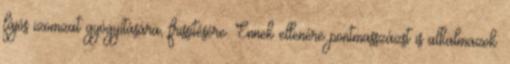
fájós izomzat gyógyítására, frissítésére. Ennek ellenére pontmasszázst is alkalmazok.